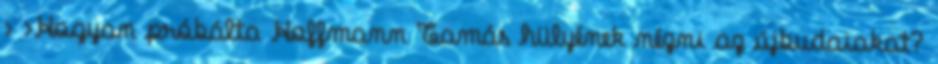
› ›Hogyan próbálta Hoffmann Tamás hülyének nézni az újbudaiakat?